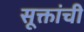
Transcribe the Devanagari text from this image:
सूक्तांची